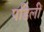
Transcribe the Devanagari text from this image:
पडिलीं